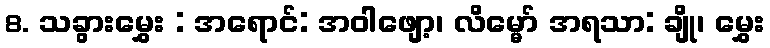
8. သခွားမွှေး : အရောင်: အဝါဖျော့၊ လိမ္မော် အရသာ: ချို၊ မွှေး